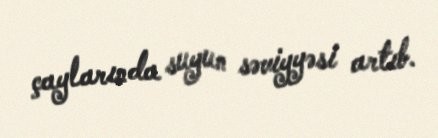
çaylarında suyun səviyyəsi artıb.